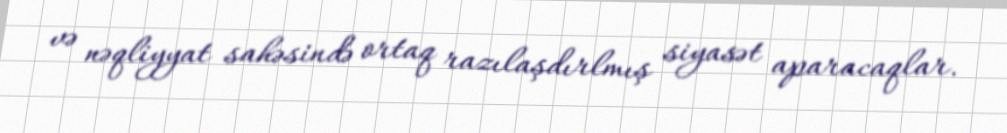
və nəqliyyat sahəsində ortaq razılaşdırlmış siyasət aparacaqlar.